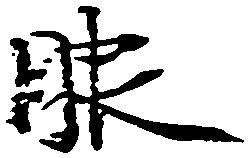
服